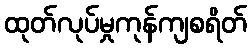
ထုတ်လုပ်မှုကုန်ကျစရိတ်